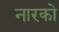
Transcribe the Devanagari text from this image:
नारको